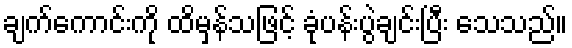
ချက်ကောင်းကို ထိမှန်သဖြင့် ခုံပန်းပွဲချင်းပြီး သေသည်။